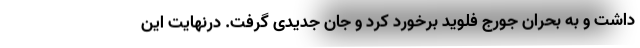
داشت و به بحران جورج فلوید برخورد کرد و جان جدیدی گرفت. درنهایت این